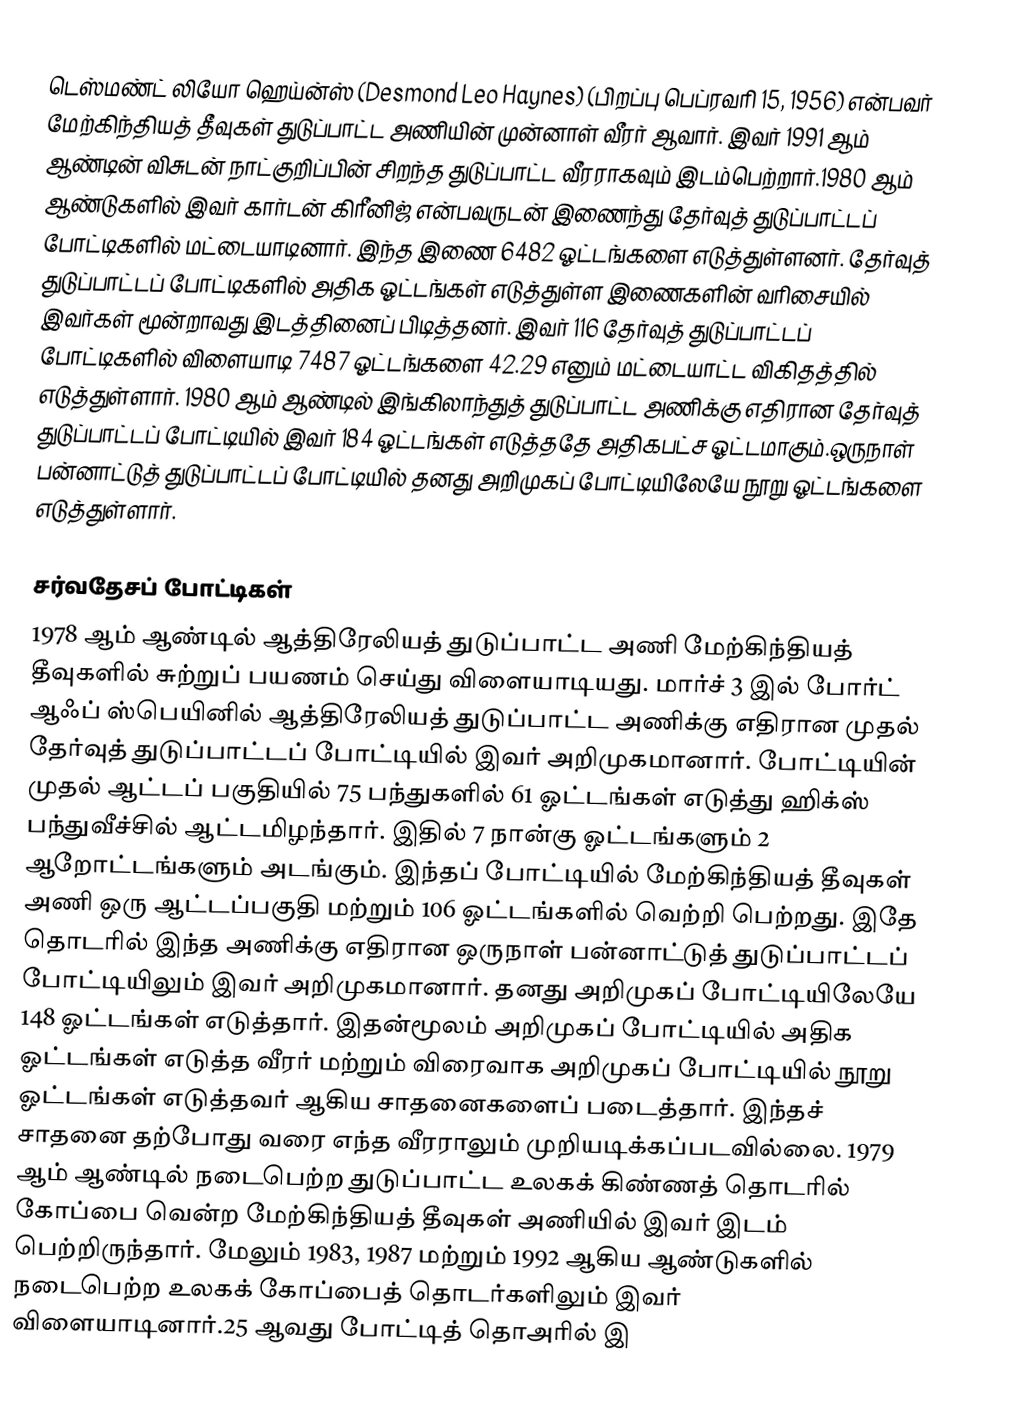
டெஸ்மண்ட் லியோ ஹெய்ன்ஸ் (Desmond Leo Haynes) (பிறப்பு பெப்ரவரி 15, 1956) என்பவர் மேற்கிந்தியத் தீவுகள் துடுப்பாட்ட அணியின் முன்னாள் வீரர் ஆவார். இவர் 1991 ஆம் ஆண்டின் விசுடன் நாட்குறிப்பின் சிறந்த துடுப்பாட்ட வீரராகவும் இடம்பெற்றார்.1980 ஆம் ஆண்டுகளில் இவர் கார்டன் கிரீனிஜ் என்பவருடன் இணைந்து தேர்வுத் துடுப்பாட்டப் போட்டிகளில் மட்டையாடினார். இந்த இணை 6482 ஓட்டங்களை எடுத்துள்ளனர். தேர்வுத் துடுப்பாட்டப் போட்டிகளில் அதிக ஓட்டங்கள் எடுத்துள்ள இணைகளின் வரிசையில் இவர்கள் மூன்றாவது இடத்தினைப் பிடித்தனர். இவர் 116 தேர்வுத் துடுப்பாட்டப் போட்டிகளில் விளையாடி 7487 ஓட்டங்களை 42.29 எனும் மட்டையாட்ட விகிதத்தில் எடுத்துள்ளார். 1980 ஆம் ஆண்டில் இங்கிலாந்துத் துடுப்பாட்ட அணிக்கு எதிரான தேர்வுத் துடுப்பாட்டப் போட்டியில் இவர் 184 ஓட்டங்கள் எடுத்ததே அதிகபட்ச ஓட்டமாகும்.ஒருநாள் பன்னாட்டுத் துடுப்பாட்டப் போட்டியில் தனது அறிமுகப் போட்டியிலேயே நூறு ஓட்டங்களை எடுத்துள்ளார்.

சர்வதேசப் போட்டிகள்
1978 ஆம் ஆண்டில் ஆத்திரேலியத் துடுப்பாட்ட அணி மேற்கிந்தியத் தீவுகளில் சுற்றுப் பயணம் செய்து விளையாடியது. மார்ச் 3 இல் போர்ட் ஆஃப் ஸ்பெயினில் ஆத்திரேலியத் துடுப்பாட்ட அணிக்கு எதிரான முதல் தேர்வுத் துடுப்பாட்டப் போட்டியில் இவர் அறிமுகமானார். போட்டியின் முதல் ஆட்டப் பகுதியில் 75 பந்துகளில் 61 ஓட்டங்கள் எடுத்து ஹிக்ஸ் பந்துவீச்சில் ஆட்டமிழந்தார். இதில் 7 நான்கு ஓட்டங்களும் 2 ஆறோட்டங்களும் அடங்கும். இந்தப் போட்டியில் மேற்கிந்தியத் தீவுகள் அணி ஒரு ஆட்டப்பகுதி மற்றும் 106 ஓட்டங்களில் வெற்றி பெற்றது. இதே தொடரில் இந்த அணிக்கு எதிரான ஒருநாள் பன்னாட்டுத் துடுப்பாட்டப் போட்டியிலும் இவர் அறிமுகமானார். தனது அறிமுகப் போட்டியிலேயே 148 ஓட்டங்கள் எடுத்தார். இதன்மூலம் அறிமுகப் போட்டியில் அதிக ஓட்டங்கள் எடுத்த வீரர் மற்றும் விரைவாக அறிமுகப் போட்டியில் நூறு ஓட்டங்கள் எடுத்தவர் ஆகிய சாதனைகளைப் படைத்தார்.  இந்தச் சாதனை தற்போது வரை எந்த வீரராலும் முறியடிக்கப்படவில்லை. 1979 ஆம் ஆண்டில் நடைபெற்ற துடுப்பாட்ட உலகக் கிண்ணத் தொடரில் கோப்பை வென்ற மேற்கிந்தியத் தீவுகள் அணியில் இவர் இடம் பெற்றிருந்தார். மேலும் 1983, 1987 மற்றும் 1992 ஆகிய ஆண்டுகளில் நடைபெற்ற உலகக் கோப்பைத் தொடர்களிலும் இவர் விளையாடினார்.25 ஆவது போட்டித் தொஅரில் இ